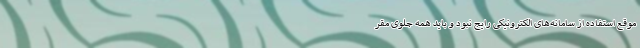
موقع استفاده از سامانه‌های الکترونیکی رایج نبود و باید همه جلوی مقر